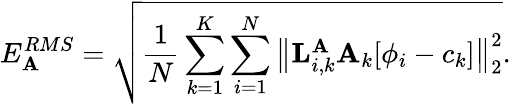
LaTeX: E_{{\mathbf A}}^{RMS}=\sqrt{\frac{1}{N}\sum_{k=1}^{K}\sum_{i=1}^{N}\big\lVert{\mathbf L}_{i,k}^{{\mathbf A}}{\mathbf A}_{k}[\phi_{i}-c_{k}]\big\rVert_{2}^{2}}.